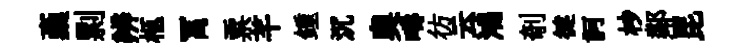
稾剽辨柩罥票芊鍾沉奧疇彷云鴻剞徤訶杪鄰昆